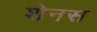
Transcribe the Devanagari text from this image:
शेनस